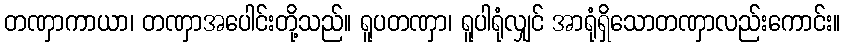
တဏှာကာယာ၊ တဏှာအပေါင်းတို့သည်။ ရူပတဏှာ၊ ရူပါရုံလျှင် အာရုံရှိသောတဏှာလည်းကောင်း။